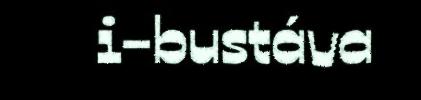
i-bustáva